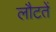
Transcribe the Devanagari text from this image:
लौटतें